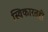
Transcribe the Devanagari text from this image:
स्विकारतही